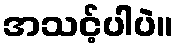
အသင့်ပါပဲ။